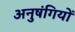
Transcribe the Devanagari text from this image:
अनुषंगियों